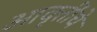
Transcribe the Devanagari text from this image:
आवृत्तींचे